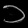
Digit: ၁